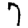
Digit: 7